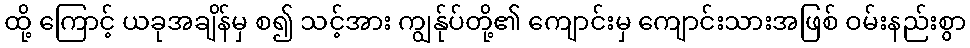
ထို့ ကြောင့် ယခုအချိန်မှ စ၍ သင့်အား ကျွန်ုပ်တို့၏ ကျောင်းမှ ကျောင်းသားအဖြစ် ဝမ်းနည်းစွာ